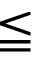
\leqq